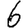
Digit: 6